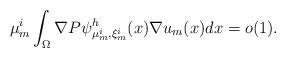
LaTeX: \begin{align*}\mu_m^i\int_{\Omega}\nabla P\psi_{ \mu^i_m,\xi^i_m}^h (x) \nabla u_m(x) dx=o(1).\end{align*}